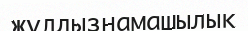
жұлдызнамашылық